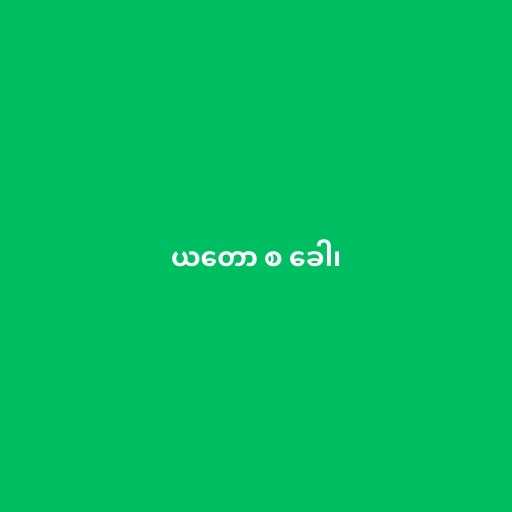
ယတော စ ခေါ၊